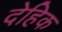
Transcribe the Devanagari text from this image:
देहिक